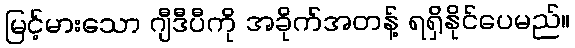
မြင့်မားသော ဂျီဒီပီကို အခိုက်အတန့် ရရှိနိုင်ပေမည်။